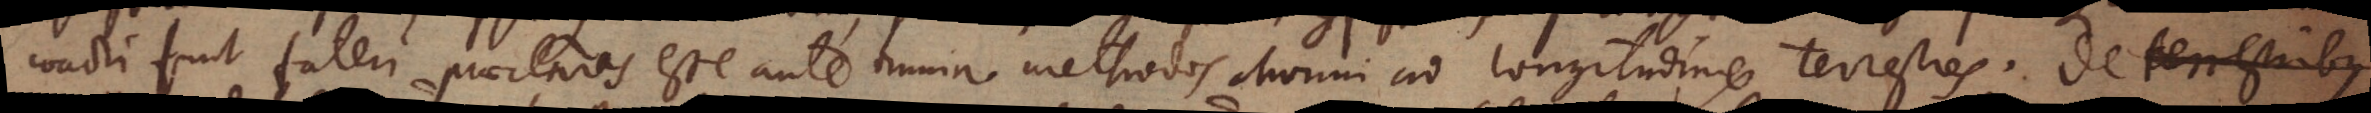
coacti sunt fateri praeclaras esse ante omnia methodos Morini ad longitudines terrestres. De terrestribus